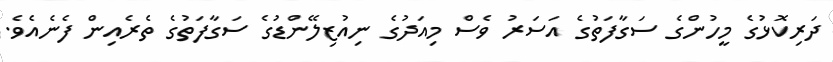
ދަރިކޮޅުގެ މީހުންގެ ސަގާފަތުގެ އަސަރު ވެސް މިއަދުގެ ނިއުޒިލޭންޑުގެ ސަގާފަތުގެ ތެރެއިން ފެނެއެވެ.